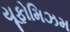
યૂફોમિઝમ